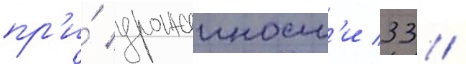
пр'и́ урожаиност'и 33 /